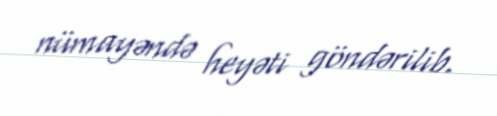
nümayəndə heyəti göndərilib.